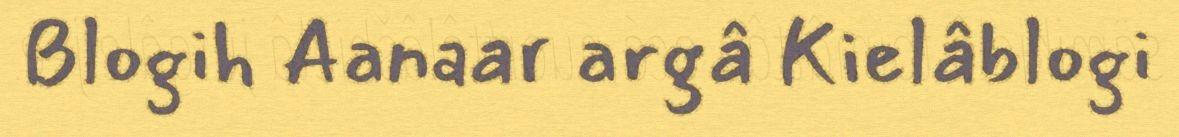
Blogih Aanaar argâ Kielâblogi